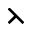
\leftthreetimes